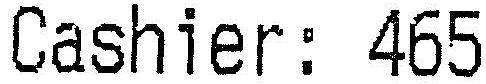
CASHIER: 465